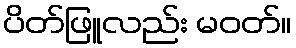
ပိတ်ဖြူလည်း မဝတ်။